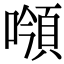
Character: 𩒻